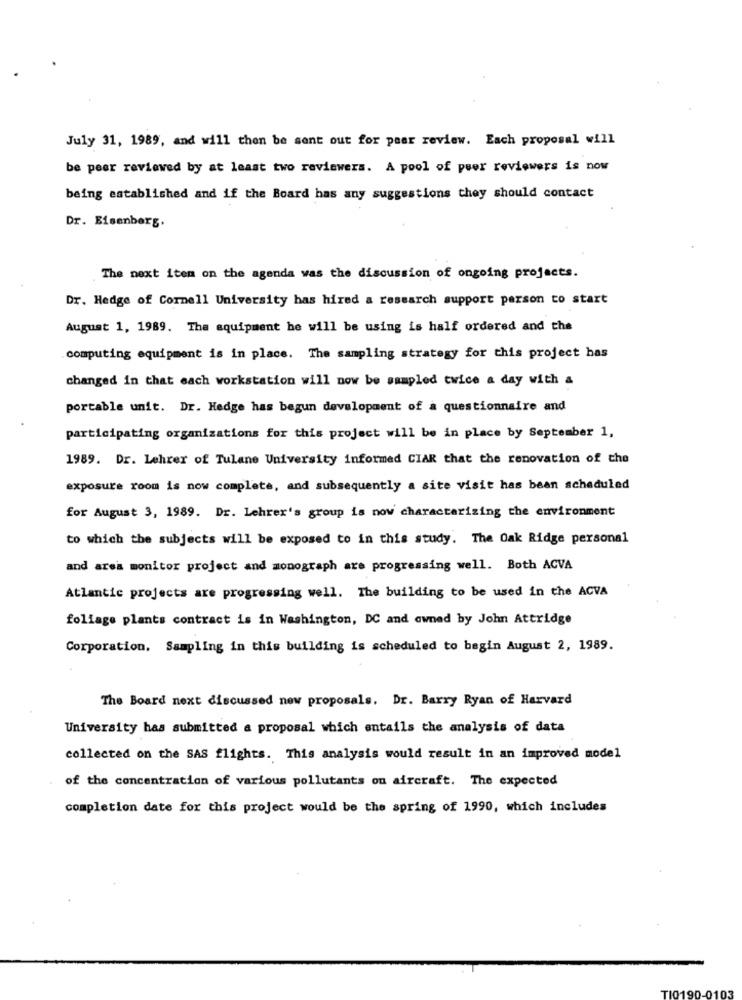
July 31, 1989, and will then be sent out for peer review. Each proposal will
be peer reviewed by at least two reviewers. A pool of peer reviewers is now
being established and if the Board has any suggestions they should contact
Dr. Eisenberg.
The next item on the agenda was the discussion of ongoing projects.
Dr. Hedge of Cornell University has hired a research support person to start
August 1, 1989. The equipment he will be using is half ordered and the
computing equipment is in place. The sampling strategy for this project has
changed in that each workstation will now be sampled twice a day with &
portable unit. Dr. Hedge has begun development of a questionnaire and
participating organizations for this project will be in place by September 1,
1989. Dr. Lehrer of Tulane University informed CIAR that the renovation of the
exposure room is now complete, and subsequently a site visit has bean scheduled
for August 3, 1989. Dr. Lehrex's group is now characterizing the environment
to which the subjects will be exposed to in this study. The Oak Ridge personal
and area monitor project and monograph are progressing well. Both ACVA
Atlantic projects are progressing well. The building to be used in the ACVA
foliage plants contract is in Washington, DC and owned by John Attridge
Corporation, Sampling in this building is scheduled to begin August 2, 1989.
The Board next discussed new proposals. Dr. Barry Ryan of Harvard
University has submitted a proposal which entails the analysis of data
collected on the SAS flights. This analysis would result in an improved model
of the concentration of various pollutants on aircraft. The expected
completion date for this project would be the spring of 1990, which includes